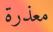
معذرة